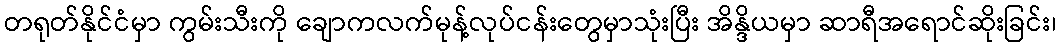
တရုတ်နိုင်ငံမှာ ကွမ်းသီးကို ချောကလက်မုန့်လုပ်ငန်းတွေမှာသုံးပြီး အိန္ဒိယမှာ ဆာရီအရောင်ဆိုးခြင်း၊